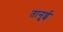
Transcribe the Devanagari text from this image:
तानुई